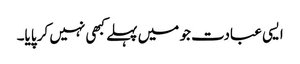
ایسی عبادت جو میں پہلے کبھی نہیں کر پایا۔